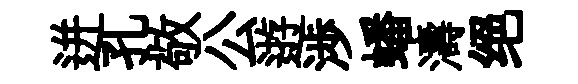
迸孔敬公逰渉蟠濤绝